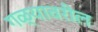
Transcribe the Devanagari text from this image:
गळ्यावरील